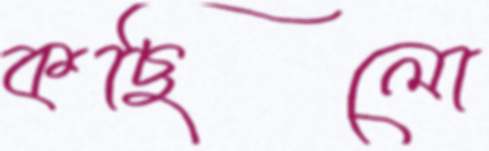
কছিলো